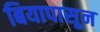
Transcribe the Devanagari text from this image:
बियापासून